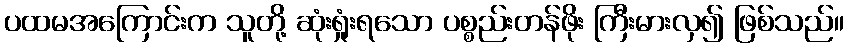
ပထမအကြောင်းက သူတို့ ဆုံးရှုံးရသော ပစ္စည်းတန်ဖိုး ကြီးမားလှ၍ ဖြစ်သည်။